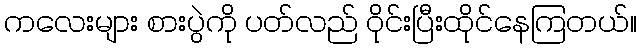
ကလေးများ စားပွဲကို ပတ်လည် ဝိုင်းပြီးထိုင်နေကြတယ်။